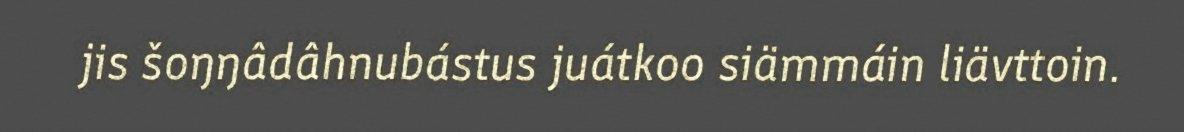
jis šoŋŋâdâhnubástus juátkoo siämmáin liävttoin.